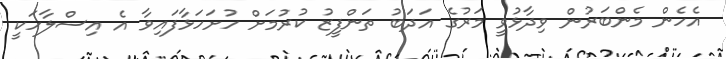
އެހެން މެންބަރުން ވިދާޅުވީ މަރުގެ އަދަބު ތަންފީޒު ކުރުމަށް ހުށަހަޅާފައިވާ އެ އިސްލާހަކީ